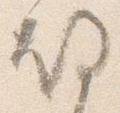
故